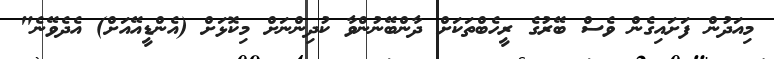
މިއަދުން ފަށައިގެން ވެސް ބޭރުގެ ރީހެބްތަކަށް ދާންބޭނުންވާ ކުދިންނަށް މިކޮޅަށް (އެންޑީއޭއަށް) އެދެވޭނެ"